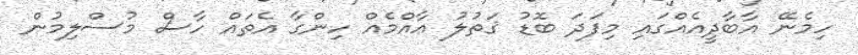
ހިމެނޭ އާބާދީއެއްގައި މިފަދަ ބޮޑު ޤަތުލު ޢާއްމެއް ހިންގާ އެތައް ހާސް މުސްލިމުން